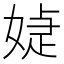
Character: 媫